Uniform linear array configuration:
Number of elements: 4
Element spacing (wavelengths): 0.25
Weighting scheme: exponential
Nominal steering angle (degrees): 60
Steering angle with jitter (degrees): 60.054
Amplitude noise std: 0.05
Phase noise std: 0.05

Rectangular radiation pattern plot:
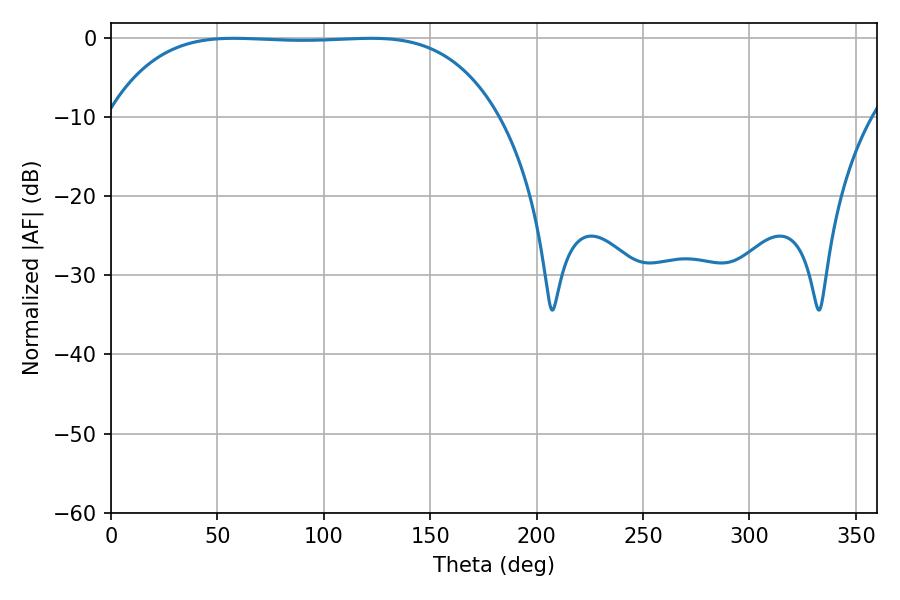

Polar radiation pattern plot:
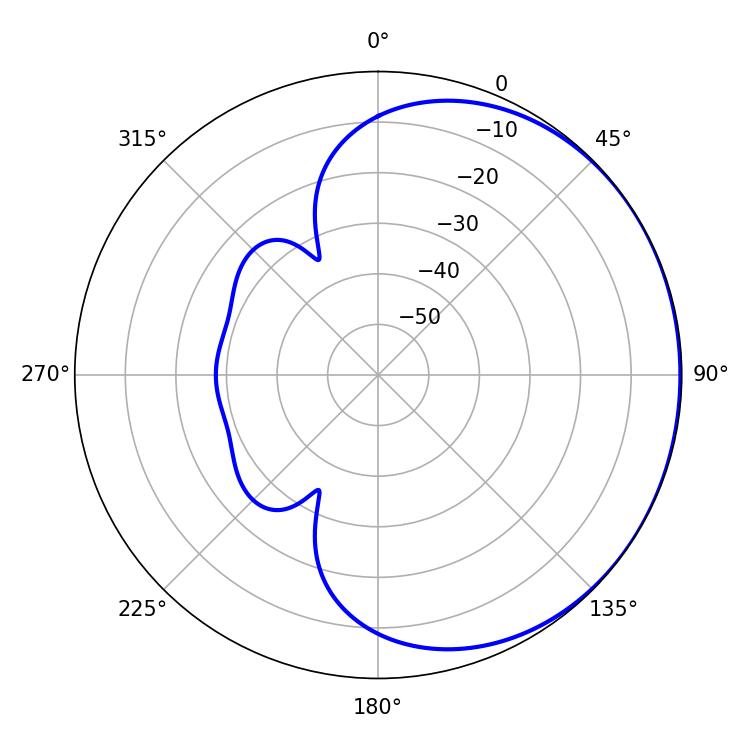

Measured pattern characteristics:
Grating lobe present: FALSE
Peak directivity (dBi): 0.4906
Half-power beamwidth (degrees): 142.2
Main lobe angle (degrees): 57.78